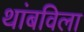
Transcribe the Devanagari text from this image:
थांबविला